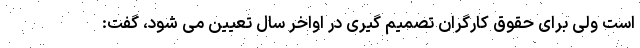
است ولی برای حقوق کارگران تصمیم گیری در اواخر سال تعیین می شود، گفت: